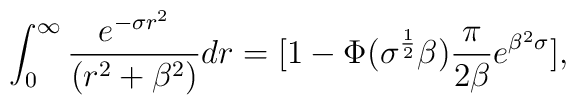
\int^{\infty}_{0}\frac{e^{-\sigma r^{2}}}{(r^{2}+\beta^{2})}dr = [1-\Phi(\sigma^{\frac{1}{2}}\beta)\frac{\pi}{2\beta}e^{\beta^{2}\sigma}],